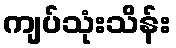
ကျပ်သုံးသိန်း